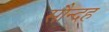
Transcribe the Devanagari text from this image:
सौन्दह